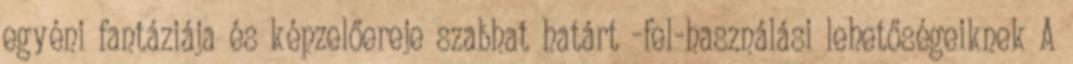
egyéni fantáziája és képzelőereje szabhat határt -fel-használási lehetőségeiknek A